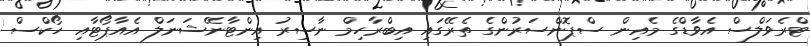
ޓްރެވަލްސް އެވާޑްގެ މެއިން ސްޕޮންސަރުންގެ ތެރޭގައި އިބްރާހިމް ނާސިރު އިންޓާނޭޝަނަލް އެއާޕޯޓާއި ހޯކްސް